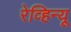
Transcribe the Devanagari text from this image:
रेव्हिन्यू